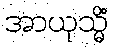
အာယုသ္မိံ